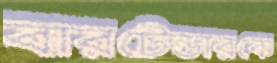
বারটেন্ডারকে